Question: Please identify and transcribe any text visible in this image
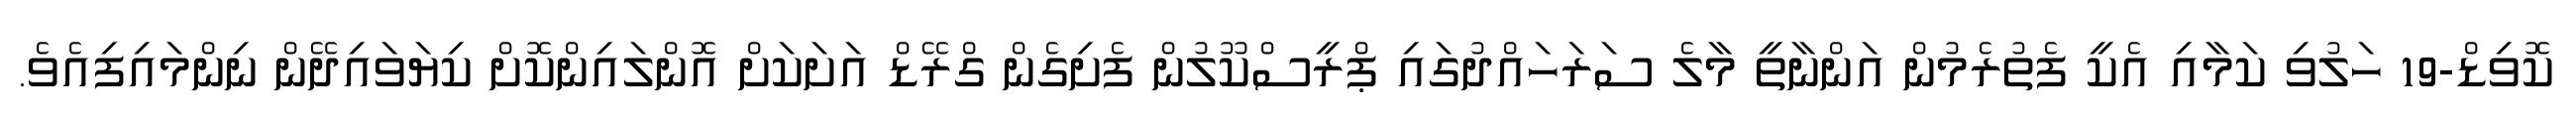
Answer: ކޮވިޑް-19 ހަލުވި ކަމާއި އެކީ ފެތުރެމުން އަންނާތީ މާލެ ސަރަހައްދުގައި ޕްރީސްކޫލުން ފެށިގެން ގްރޭޑް އަށަކަށް އޮންލައިންކޮށް ކިޔަވައިދޭން ނިންމައިފިއެވެ.